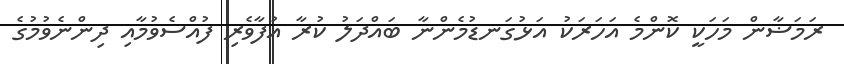
ރަމަޟާން މަހަކީ ކޮންމެ އަހަރަކު އަޅުގަނޑުމެންނާ ބައްދަލު ކުރާ އުފާވެރި ފުއްސެވުމާއި ދިންނެވުމުގެ